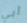
أبي